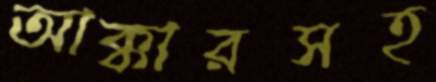
আক্কারসহ